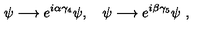
\psi \longrightarrow { e } ^ { i \alpha \gamma _ { 4 } } \psi , \quad \psi \longrightarrow { e } ^ { i \beta \gamma _ { 5 } } \psi \ ,